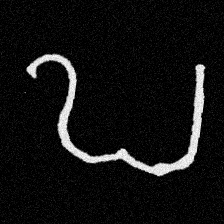
Pyu character \u2014 Myanmar letter: ဎ (romanized: ddha)